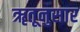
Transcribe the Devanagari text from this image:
ॠतूनुसार